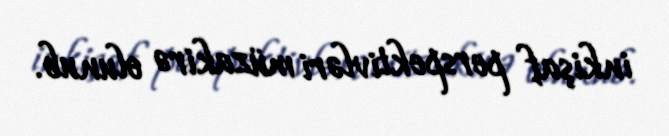
inkişaf perspektivləri müzakirə olunub.